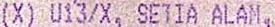
(X) U13/X, SETIA ALAM,